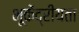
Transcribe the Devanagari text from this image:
भूकेंद्रीयता